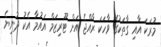
މުރަކަ އާއި ގާތަކުގެ ވާހަކަ ރާއްޖެ އަށް ޓޫރިޒަމް އައުމާ އެކު ދުނިޔެ